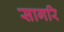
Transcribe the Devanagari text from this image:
सागरि